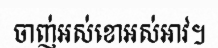
ចាញ់អស់ខោអស់អាវ។